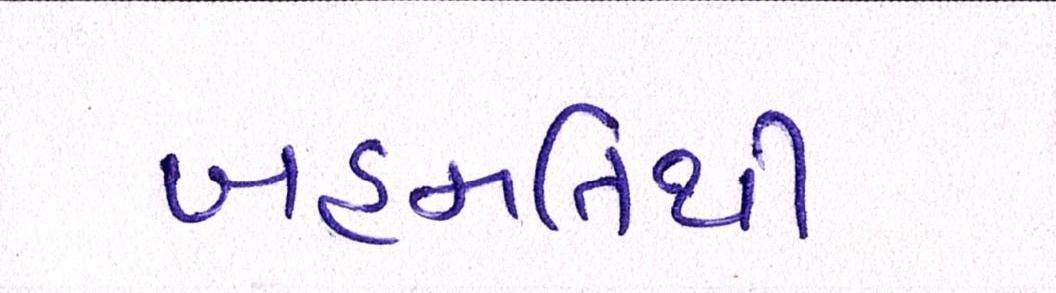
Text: બહમતિથી